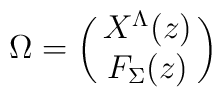
\Omega = \left ( \matrix { X^\Lambda (z) \cr F_\Sigma (z) } \right )